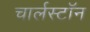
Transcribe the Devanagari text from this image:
चार्लस्टॉन